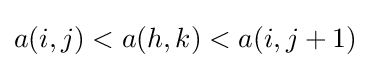
a(i,j)<a(h,k)<a(i,j+1)